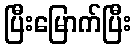
ပြီးမြောက်ပြီး